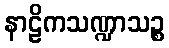
နာဠိကသဏ္ဍာသဉ္စ